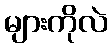
များကိုလဲ